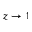
z \rightarrow 1